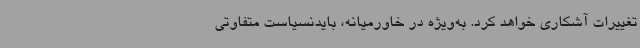
تغییرات آشکاری خواهد کرد. به‌ویژه در خاورمیانه، بایدنسیاست متفاوتی